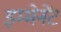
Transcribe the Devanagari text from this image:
इम्मेनेंट